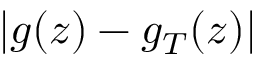
| g ( z ) - g _ { T } ( z ) |